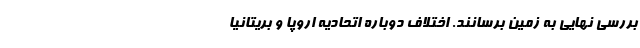
بررسی نهایی به زمین برسانند. اختلاف دوباره اتحادیه اروپا و بریتانیا